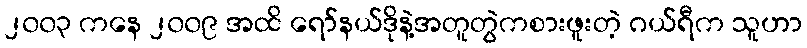
၂၀၀၃ ကနေ ၂၀၀၉ အထိ ရော်နယ်ဒိုနဲ့အတူတွဲကစားဖူးတဲ့ ဂယ်ရီက သူဟာ